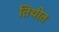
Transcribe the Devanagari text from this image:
तिथीत